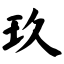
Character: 玖